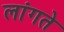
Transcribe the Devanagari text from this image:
लांगते